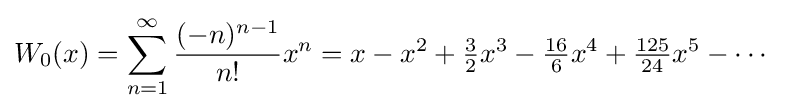
W_{0}(x)=\sum _{n=1}^{\infty }{\frac {(-n)^{n-1}}{n!}}x^{n}=x-x^{2}+{\tfrac {3}{2}}x^{3}-{\tfrac {16}{6}}x^{4}+{\tfrac {125}{24}}x^{5}-\cdots